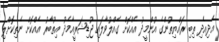
އެދިއެދި ތިބި ރައްޔިތުންގެ އުންމީދު އެއްކޮށް ގެއްލުވާލައި ޖުޑިޝަރީއާމެދު އިތުބާރު އެއްކޮށް ނެތިކޮށްލި